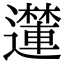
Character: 𮟝